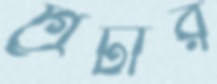
গ্রেটার